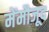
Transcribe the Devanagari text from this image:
मेंमौजूद